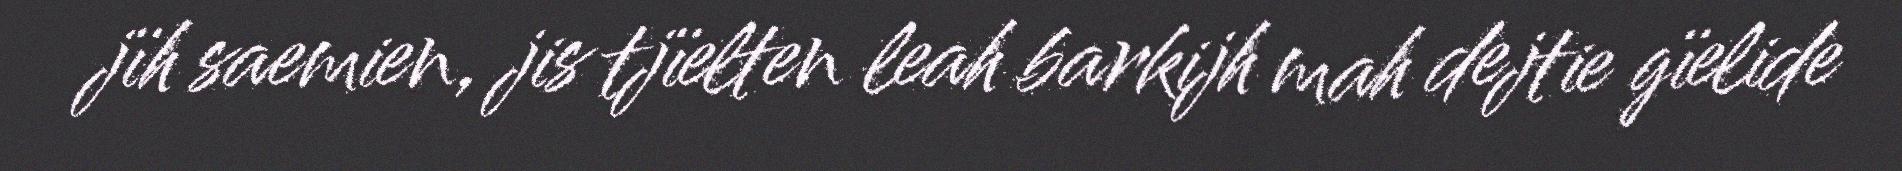
jïh saemien, jis tjïelten leah barkijh mah dejtie gïelide